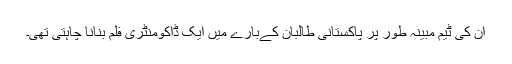
ان کی ٹیم مبینہ طور پر پاکستانی طالبان کےبارے میں ایک ڈاکومنٹری فلم بنانا چاہتی تھی۔